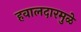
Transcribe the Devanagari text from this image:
हवालदारमुळे